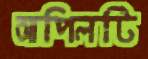
আপিলটি